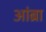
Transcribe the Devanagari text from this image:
आंब्रा